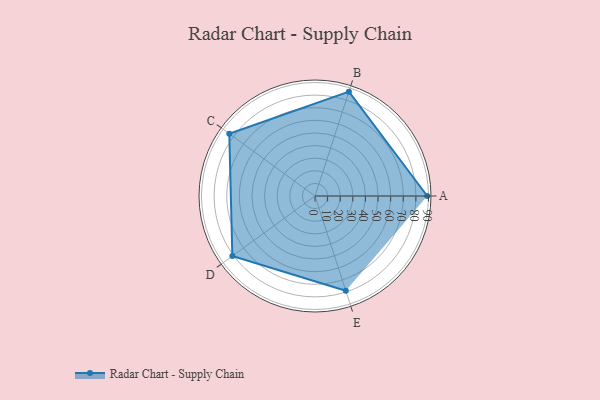
{"axis": {"x": "Skill", "y": "Score"}, "legend": ["Profile"], "data": [{"x": "A", "y": 89.0, "type": "Profile"}, {"x": "B", "y": 87.0, "type": "Profile"}, {"x": "C", "y": 84.0, "type": "Profile"}, {"x": "D", "y": 81.0, "type": "Profile"}, {"x": "E", "y": 79.0, "type": "Profile"}]}